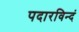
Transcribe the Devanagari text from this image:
पदारविन्दं